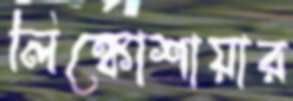
লিঙ্কোশায়ার